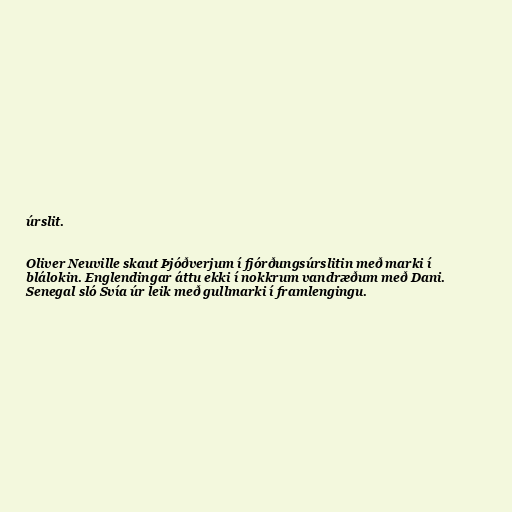
úrslit.

Oliver Neuville skaut Þjóðverjum í fjórðungsúrslitin með marki í
blálokin. Englendingar áttu ekki í nokkrum vandræðum með Dani.
Senegal sló Svía úr leik með gullmarki í framlengingu.